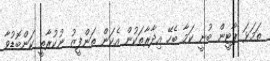
ތަމަޅަ ޕާޓީން ބުނީ ކަމާ ބެހޭ އިދާރާތަކުން އެކަން ތަންފީޒު ނުކުރާތީ ކަންބޮޑުވާ